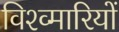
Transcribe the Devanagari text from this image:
विश्व्मारियों